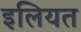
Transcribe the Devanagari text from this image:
इलियत